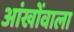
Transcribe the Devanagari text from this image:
आंखोंवाला